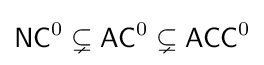
{\mathsf {NC}}^{0}\subsetneq {\mathsf {AC}}^{0}\subsetneq {\mathsf {ACC}}^{0}